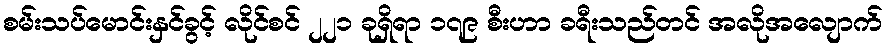
စမ်းသပ်မောင်းနှင်ခွင့် လိုင်စင် ၂၂၁ ခုရှိရာ ၁၇၉ စီးဟာ ခရီးသည်တင် အလိုအလျောက်